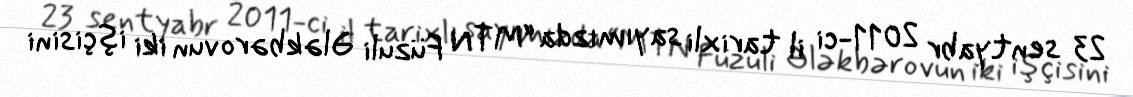
23 sentyabr 2011-ci il tarixli sayımızda “MTN Füzuli Ələkbərovun iki işçisini